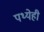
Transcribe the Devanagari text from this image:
पथ्येही